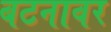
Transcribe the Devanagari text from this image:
बटनावर